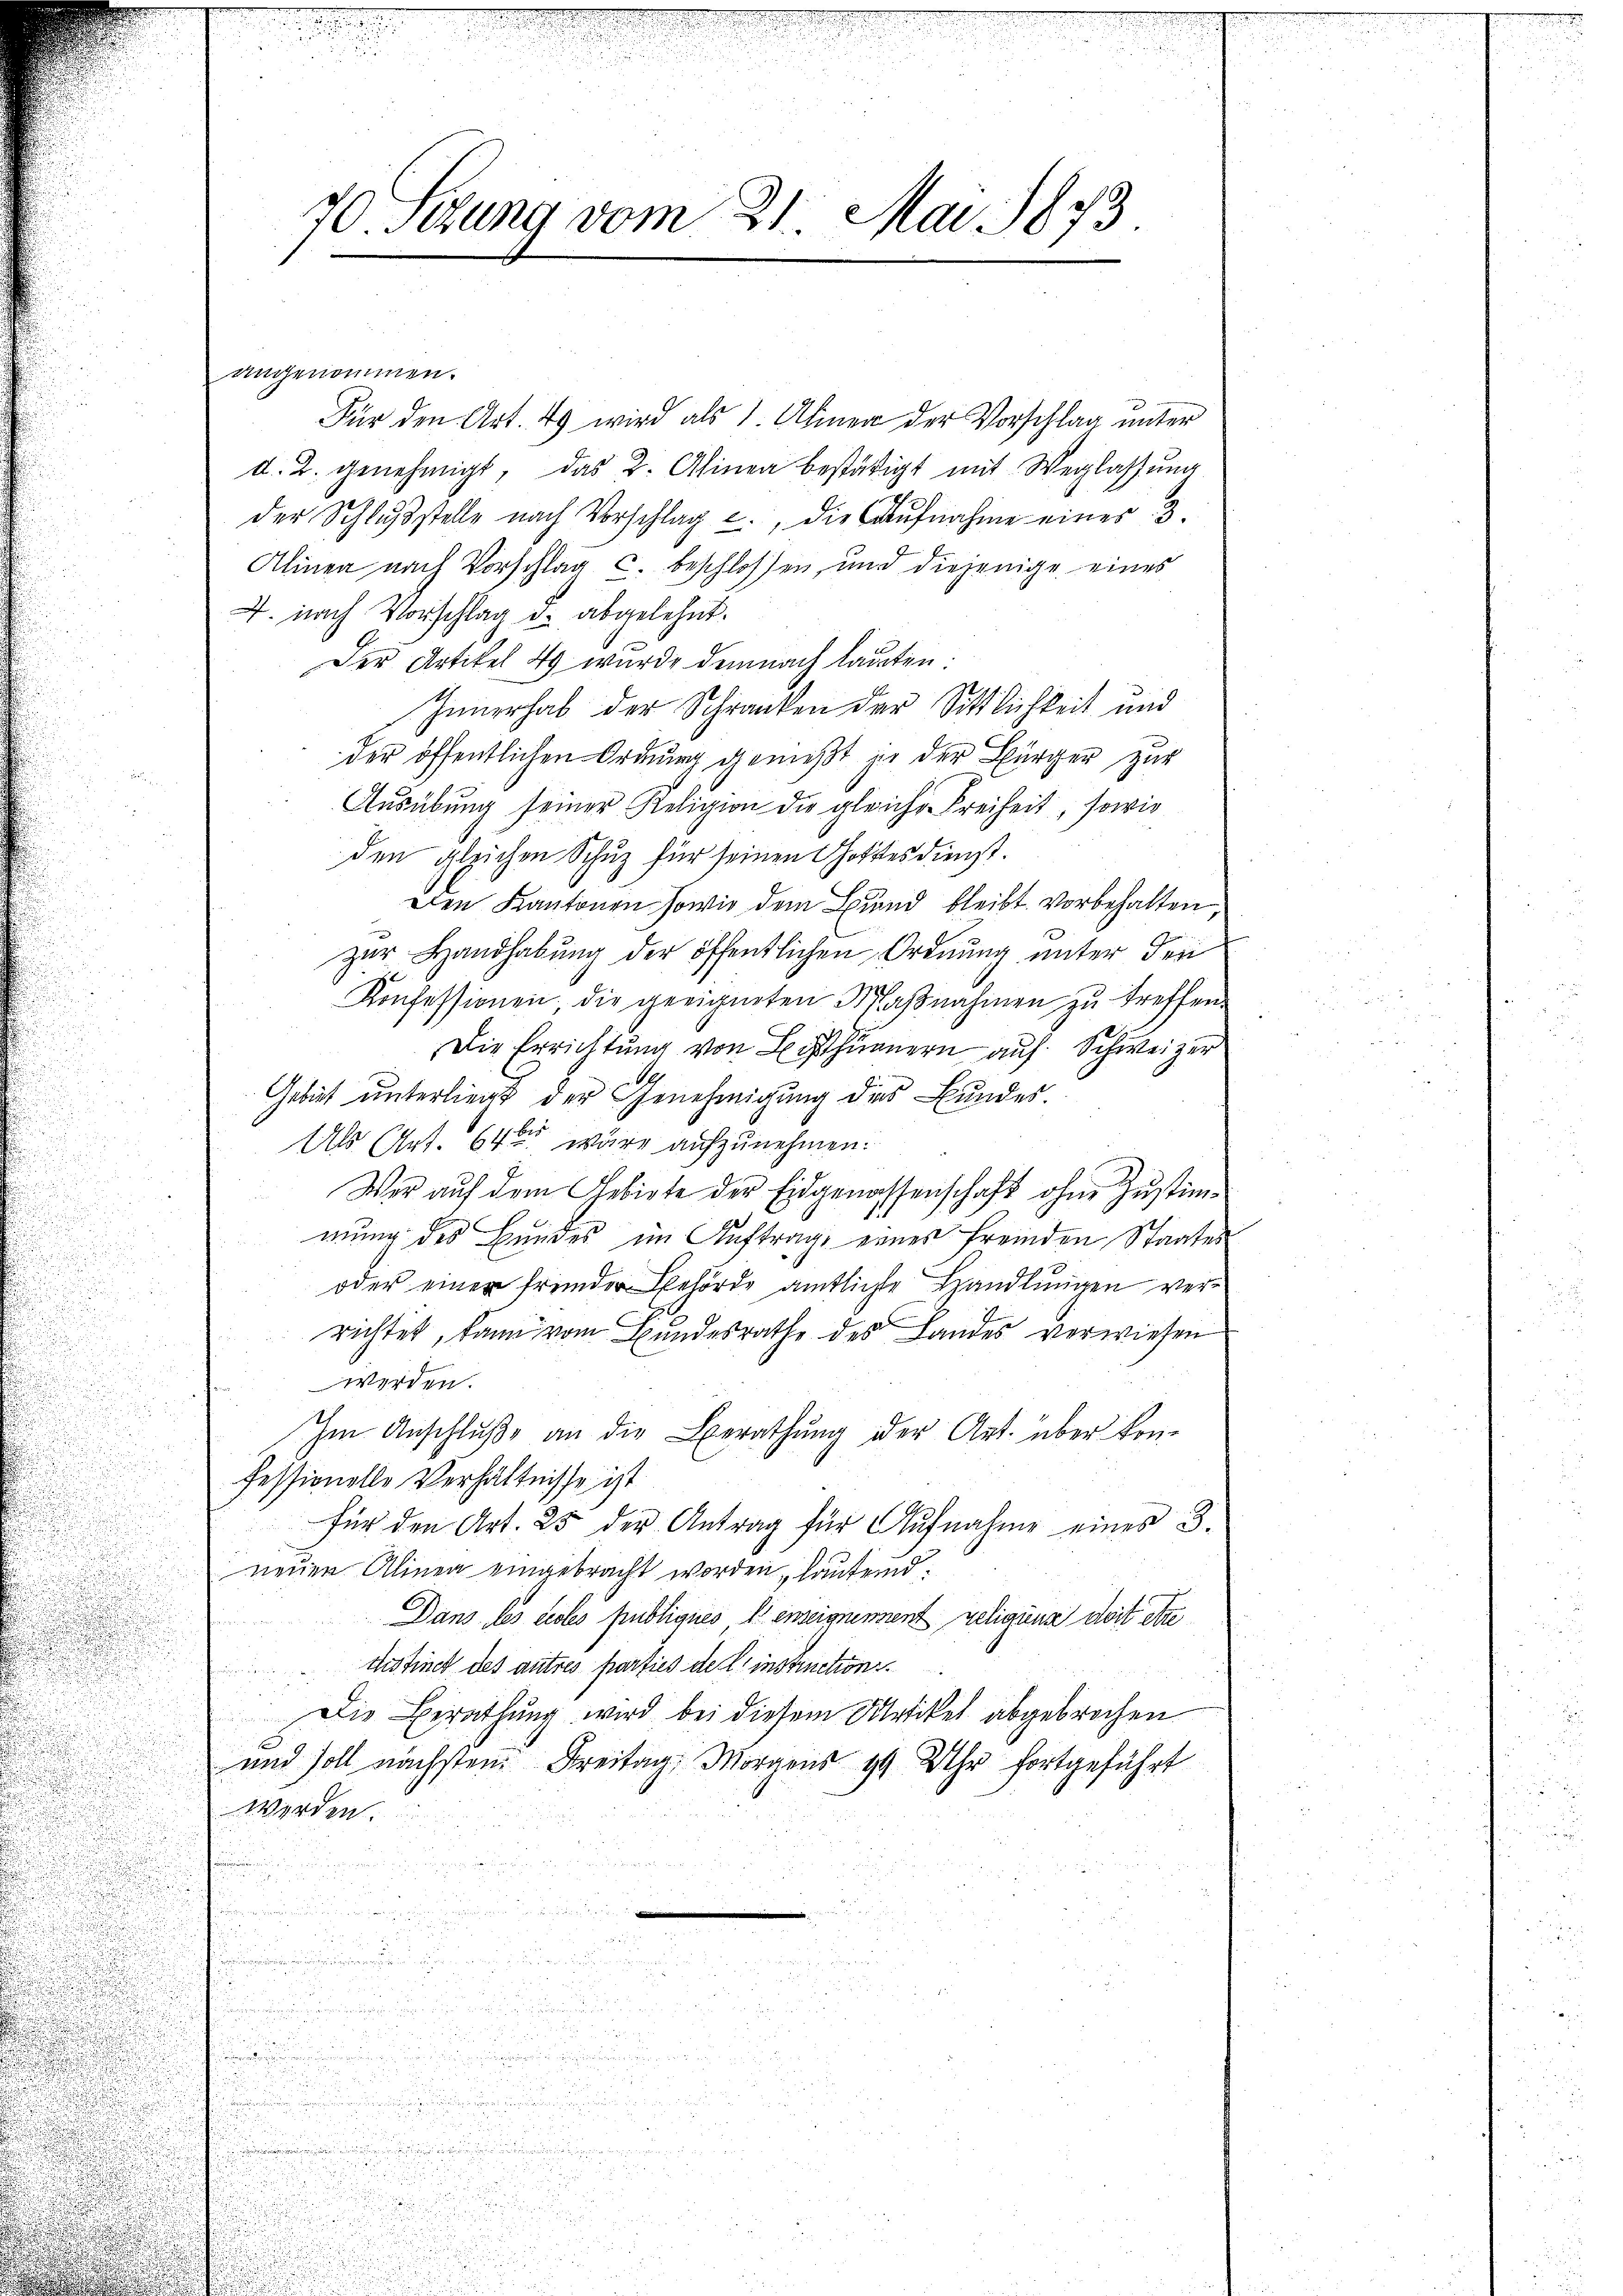
Für den Art. Es wird als 1. Ahmen der Vorschlag unter
d. 2. genehmigt, das 2. Alinea bestätigt mit Weglassung
der Schlusstelle nach Vorschlag u., die Aufnahme einer 3
Alinea nach Vorschlag c. beschlossen, und diejenige eines
7. nach Vorschlag d. abgelehnt.
Der Artikel 49 wurde demnach lauten.
Innerhab der Schranken der Sittlichkeit und
der öffentlichen Ordnung gemeßt je der Bürger zur
2
Ausübung seiner Religion die gleiche Freiheit, sowie
den gleichen Schuz für seinen Gottesdienst.
Den Kantonen sowie dem Bund bleibt vorbehalten,
zur Handhabung der öffentlichen Ordnung unter den
Konfessionen, die geeigneten Maβnahmen zu treffen.
Die Errichtung von Bisthurnern auf Schweizer
Gebiet unterliegt der Genehmigung dies Bundes.
Als Art. 64 ten wäre aufzunehmen.
Wer aŭf dem Gebiete der Eidgenossenschaft ohne Zustimmung des Bundes im Auftrage eines fremden Staates
oder einer fremder Behörde amtliche Handlungen ver¬
u
u
richtet, kann vom Bundesrathe des Landes verwiesen
.
werden.
Im Anschluße an die Berathung der Art. über konfessionelle Verhältnisse ist
für den Art. 25 der Antrag für Aufnahme eines B.
d
neuen Alinen eingebracht worden, lautend:
Dans les testes publiques denseignement religens doit être
thstinet des autres parties de l. instruction.
Die Berathung wird bei diesem Artikel abgebrochen
und soll nächsten Freitag Morgens 9 Uhr fortgeführt
werden
n

ude ge

.

.

.
a

d
e
.
u

70. Sekung vom 21. Mai 1873

angenommen.